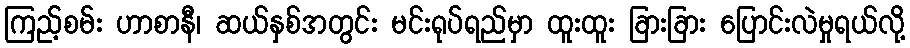
ကြည့်စမ်း ဟာစာနီ၊ ဆယ်နှစ်အတွင်း မင်းရုပ်ရည်မှာ ထူးထူး ခြားခြား ပြောင်းလဲမှုရယ်လို့